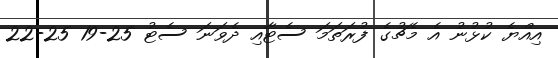
އިއްޔެ ކުޅުނު އެ މެޗުގެ ފުރަތަމަ ސެޓާއި ދެވަނަ ސެޓު 25-19 25-22